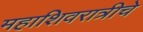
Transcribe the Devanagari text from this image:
महाशिवरात्रीचे